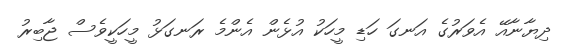
ދިޔާނާއޭ އެވަރުގެ އަނގަ ހަޑި މީހަކު އުޅެން އެންމެ ރަނގަޅު މީހަކީވެސް ޖާބިރު